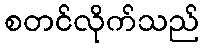
စတင်လိုက်သည်